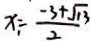
x _ { 1 } = \frac { - 3 + \sqrt { 1 3 } } { 2 }